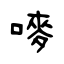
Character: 嘜